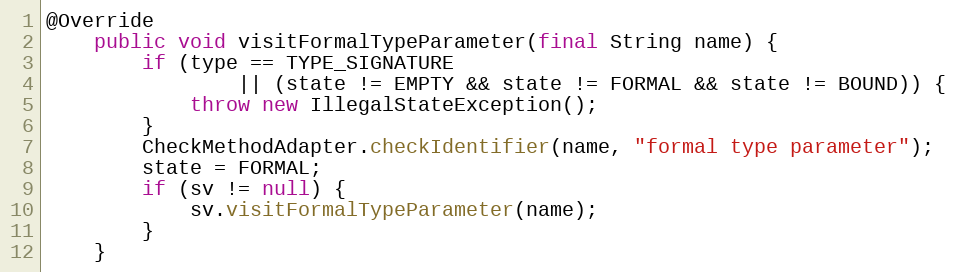
Language: Java
@Override
    public void visitFormalTypeParameter(final String name) {
        if (type == TYPE_SIGNATURE
                || (state != EMPTY && state != FORMAL && state != BOUND)) {
            throw new IllegalStateException();
        }
        CheckMethodAdapter.checkIdentifier(name, "formal type parameter");
        state = FORMAL;
        if (sv != null) {
            sv.visitFormalTypeParameter(name);
        }
    }